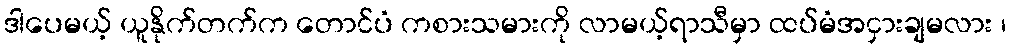
ဒါပေမယ့် ယူနိုက်တက်က တောင်ပံ ကစားသမားကို လာမယ့်ရာသီမှာ ထပ်မံအငှားချမလား ၊